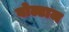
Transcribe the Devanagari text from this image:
वोल्टाज